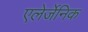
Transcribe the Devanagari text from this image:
एलेर्जेनिक